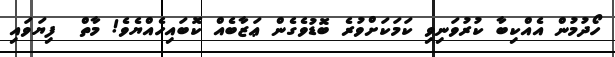
ހޯދުމުން އެއްކިބާ ކުރުވަނިވި ކަމަކަށްވުރެ ބޮޑުވެގެން ޢަޒާބެއް ކޮބައިހެއްޔެވެ! މާތް  ފިޔަވައި